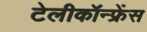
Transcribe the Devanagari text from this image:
टेलीकॉन्फ्रेंस